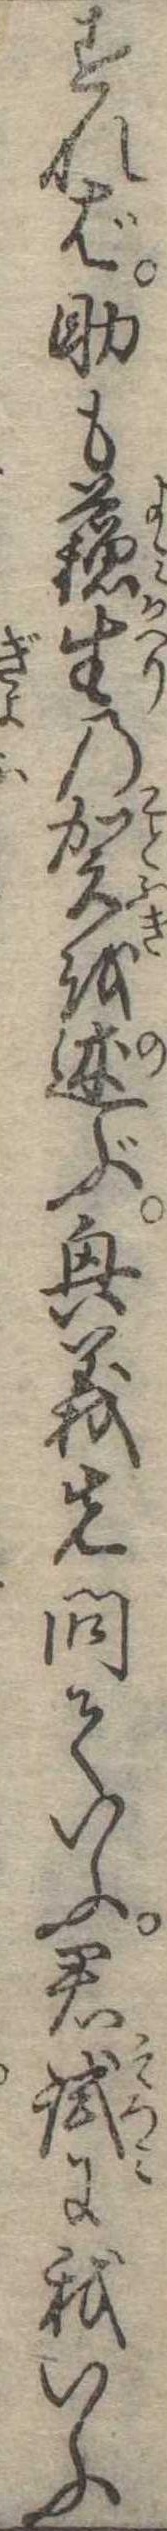
すれば助も蘇生の賀を述ぶ興義先問ていふ君試に我いふ